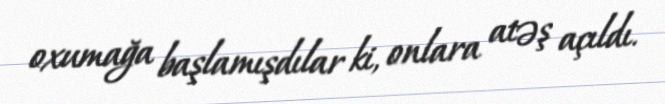
oxumağa başlamışdılar ki, onlara atəş açıldı.